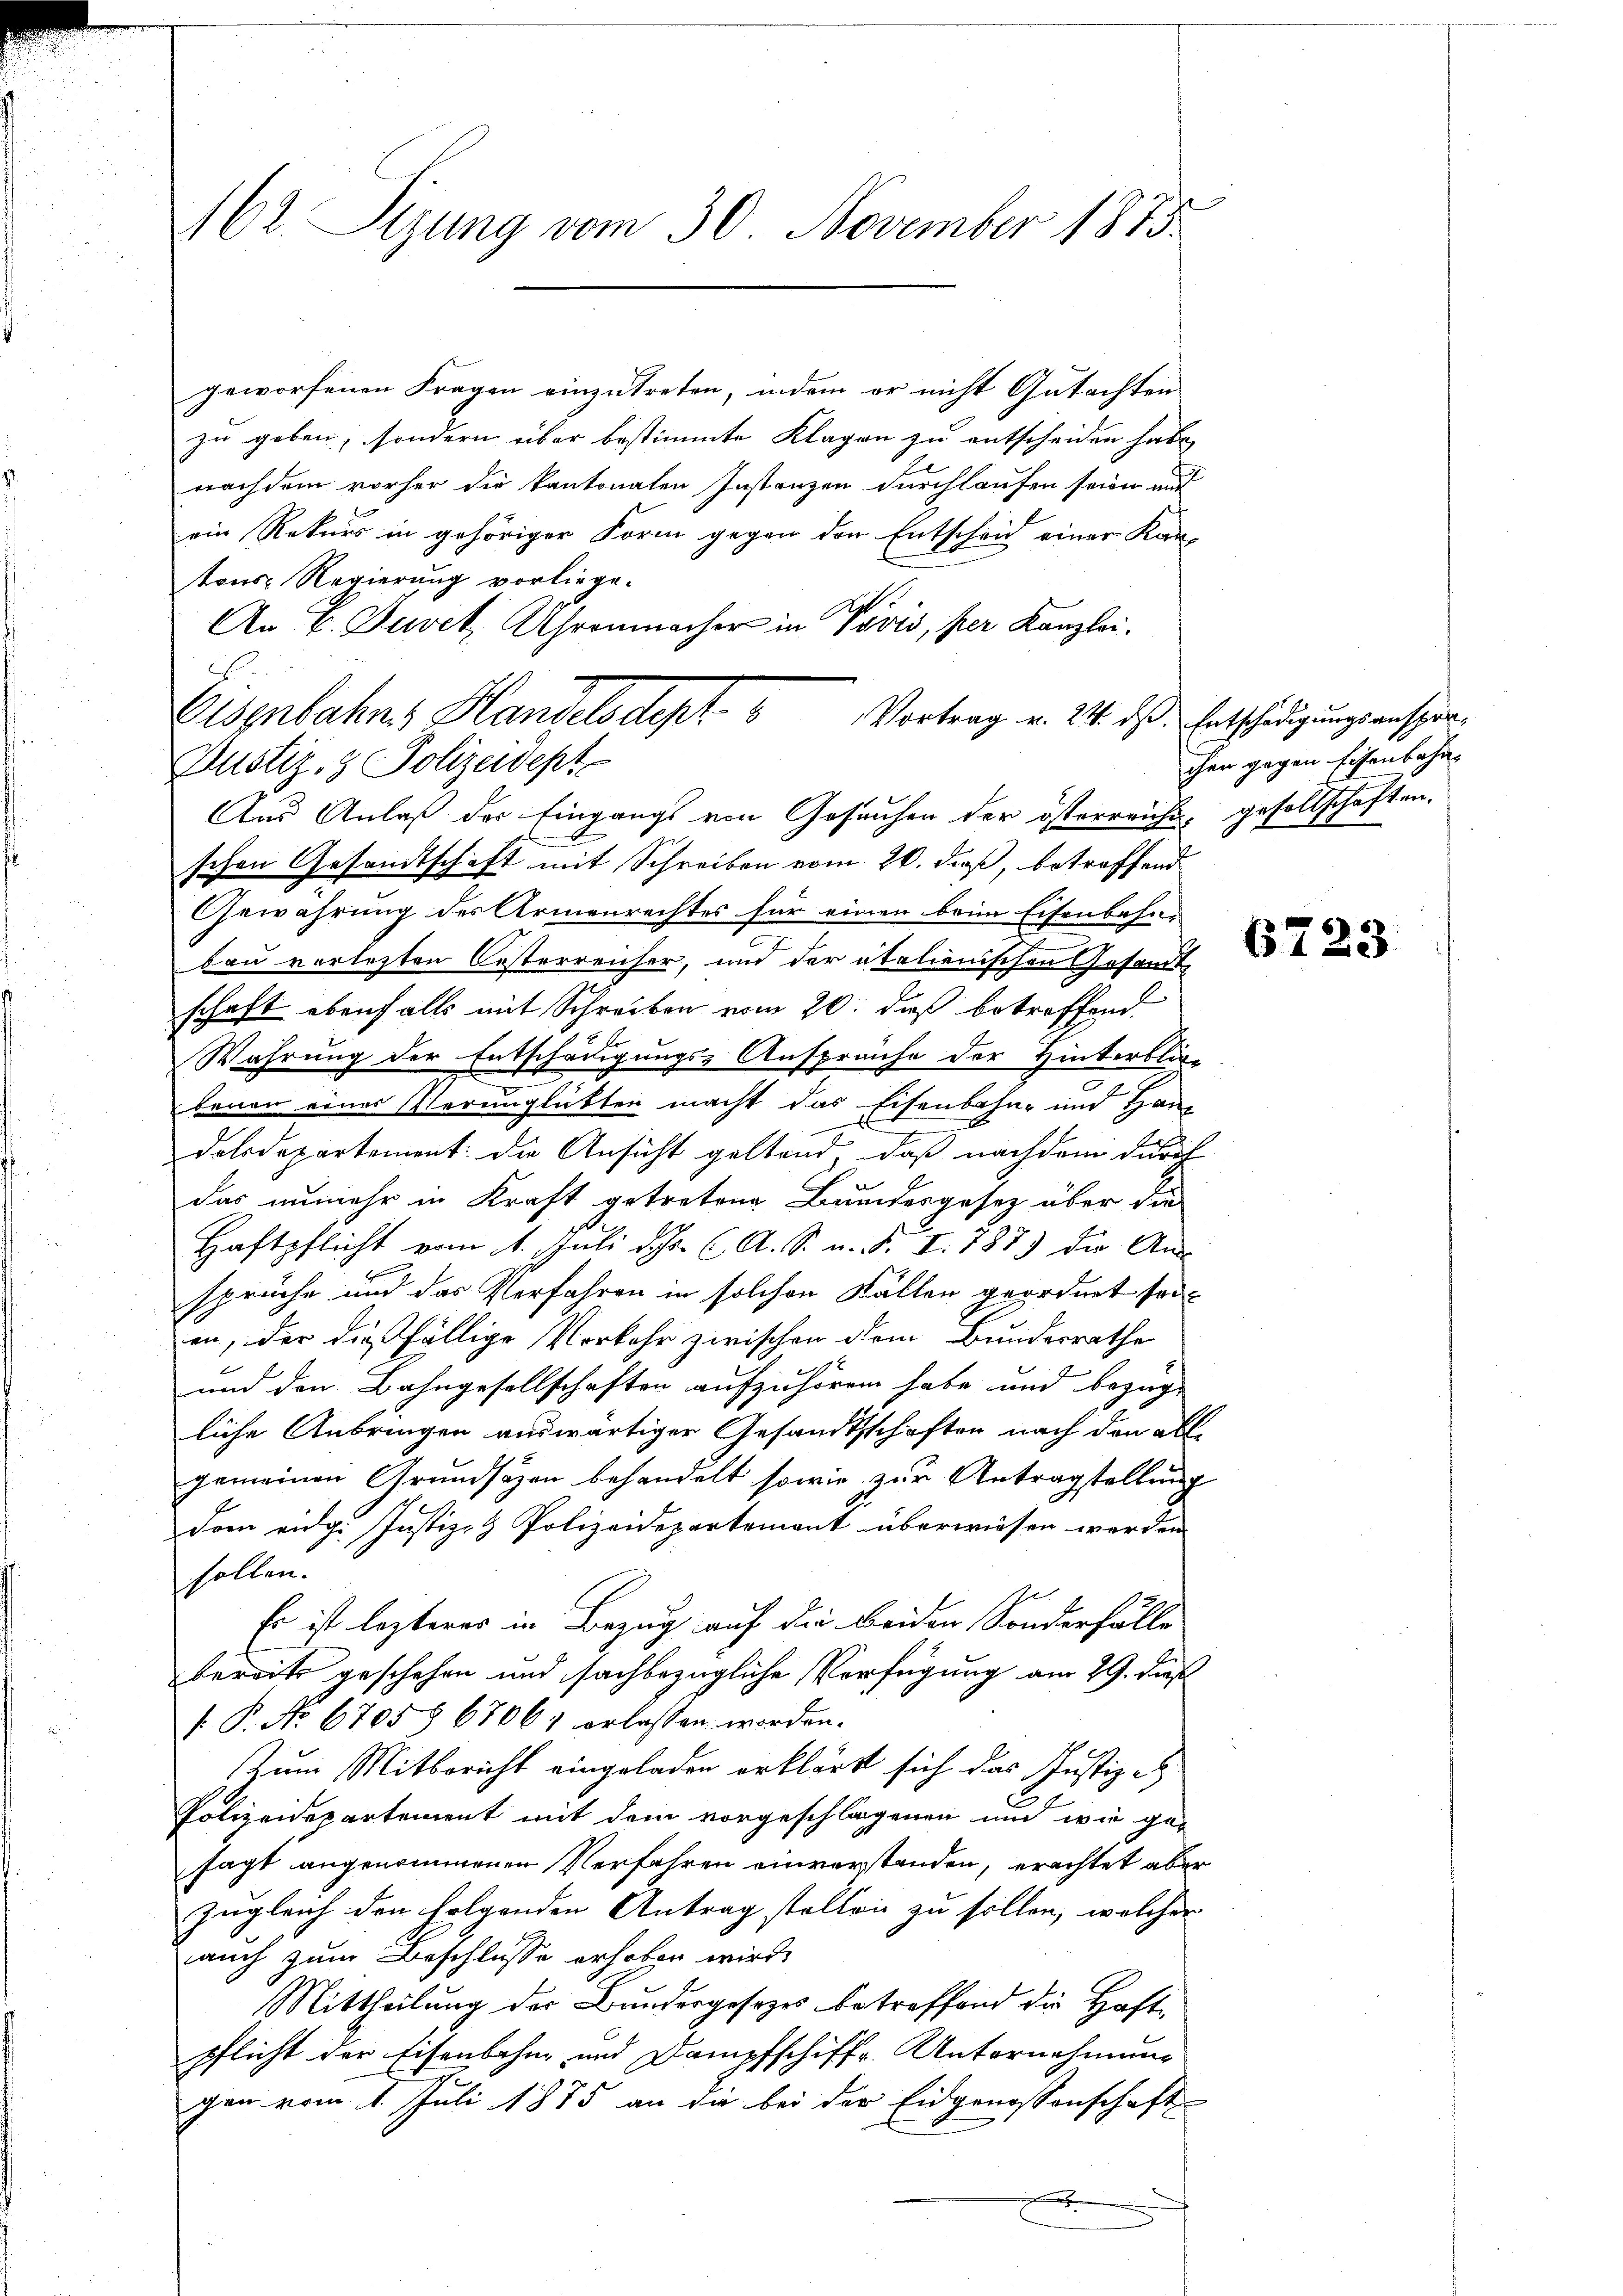
162. Sizung vom 30. November 1873

geworfenen Fragen einzutreten, indem er nicht Gutachten
zu geben, sondern über bestimmte Klagen zu entscheiden habe,
nachdem vorher die kantonaten Instanzen durchlaufen seien auf
ein Rekurs in gehöriger Form gegen den Entscheid einer Kan-
tons Regierung vorliege.
An V. Juvet Uhrenmacher in Vövis, per Kanzlei.
schen Gesandtschaft mit Schreiben vom 20. dieß, betreffend
Gewährung des Armenrechtes für einen beim Eisenbahn-
bau verletzten Oesterreicher, und der italienischen Gesandt
schaft ebenfalls mit Schreiben vom 20. daß betreffend
Wahrung der Entschädigungs-Ansprache der Hinterblie-
benen eines Verunglückten macht das Eisenbahn- und Hane
dolsdepartement: die Ansicht geltend, daß nachdem durch
das unmehr in Kraft getretene Bundesgesetz über die
Haftpflicht vom 1. Juli dh. A. S. u. F. I. 787 die Ans
spruche und das Verfahren in solchen Kallen geordnet sei.
en, der dießfällige Verkehr zwischen dem Bundesrathe
und den Bahngesellschaften aufzuhören habe und bezug
liche Anbringen auswärtiger Gesandtschaften nach den allgemeinen Grundsätzen behandelt sowie zur Antragstellung
Dem eidg. Justiz- & Polizeidepartement überwiesen werden.
sollen.
Es ist lezteres in Bezug auf die Beiden Sonderfälle
bereits geschehen und sachbezügliche Verfügung am 29. dieß
. P. No. 6705 § 67061 erlassen worden.
Zum Mitbericht eingeladen erklärt sich das Justiz-
Polizeidepartement mit dem vorgeschlagenen und wie ge-
sagt angenommenen Verfahren einverstanden, erachtet aber
zugleich den folgenden Antrag stellen zu sollen, welcher
auch zum Beschlüsse erhoben wird.
Mittheilung der Bundergesezes betreffend die Haft-
pflicht der Eisenbahn und Dampfschiffs. Unternehmung
gen vom 1. Juli 1875 an die bei der Eidgenossenschaft

Osenbahns Handelsdept. 5 Vortrag v. 211. ds. Entschädigungsanspar
Justiz- & Polizeiept
Aus Anlaß der Eingangs von Gesuchen der österreiche, gesellschaften,

chen gegen Eisenbahn

6723